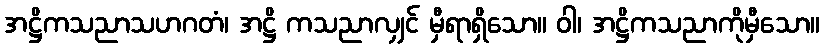
အဋ္ဌိကသညာသဟဂတံ၊ အဋ္ဌိ ကသညာလျှင် မှီရာရှိသော။ ဝါ၊ အဋ္ဌိကသညာကိုမှီသော။